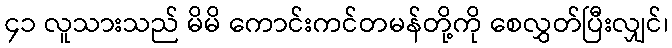
၄၁ လူသားသည် မိမိ ကောင်းကင်တမန်တို့ကို စေလွှတ်ပြီးလျှင်၊